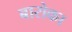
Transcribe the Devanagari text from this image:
बारोका